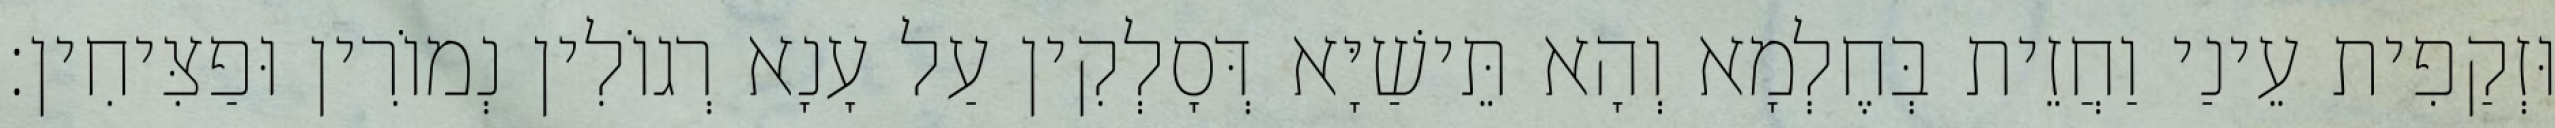
וּזְקַפִית עֵינַי וַחֲזֵית בְּחֶלְמָא וְהָא תֵּישַׁיָּא דְּסָלְקִין עַל עָנָא רְגוֹלִין נְמוֹרִין וּפַצִּיחִין׃